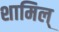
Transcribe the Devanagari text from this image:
शामिल्